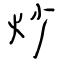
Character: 炒